Calcutta medical institutions reports 1871-78
Year: 1871
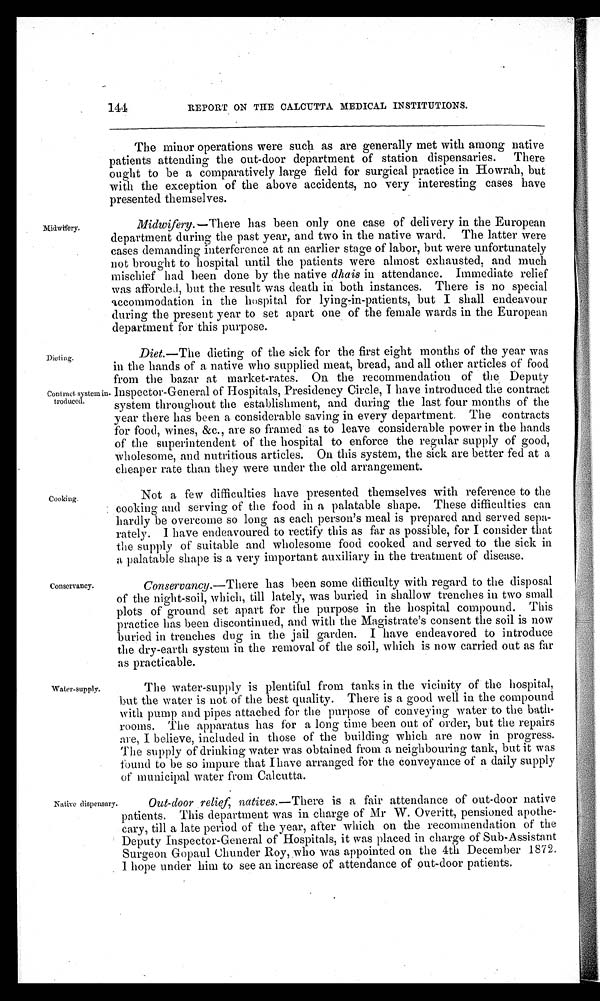
144
REPORT ON THE CALCUTTA MEDICAL INSTITUTIONS.
Midwifery.
The minor operations were such as are generally met with among native
patients attending the out-door department of station dispensaries. There
ought to be a comparatively large field for surgical practice in Howrah, but
with the exception of the above accidents, no very interesting cases have
presented themselves.
Midwifery .—There has been only one case of delivery in the European
department during the past year, and two in the native ward. The latter were
cases demanding interference at an earlier stage of labor, but were unfortunately
not brought to hospital until the patients were almost exhausted, and much
mischief had been done by the native dhais in attendance. Immediate relief
was afforded, but the result was death in both instances. There is no special
accommodation in the hospital for lying-in-patients, but I shall endeavour
during the present year to set apart one of the female wards in the European
department for this purpose.
Dieting.
Contract system in-
troduced.
Diet.—The dieting of the sick for the first eight months of the year was
in the hands of a native who supplied meat, bread, and all other articles of food
from the bazar at market-rates. On the recommendation of the Deputy
Inspector-General of Hospitals, Presidency Circle, I have introduced the contract
system throughout the establishment, and during the last four months of the
year there has been a considerable saving in every department, The contracts
for food, wines, &c., are so framed as to leave considerable power in the hands
of the superintendent of the hospital to enforce the regular supply of good,
wholesome, and nutritious articles. On this system, the sick are better fed at a
cheaper rate than they were under the old arrangement.
Cooking.
Conservancy.
Water-supply.
Not a few difficulties have presented themselves with reference to the
cooking and serving of the food in a palatable shape. These difficulties can
hardly be overcome so long as each person's meal is prepared and served sepa-
rately. I have endeavoured to rectify this as far as possible, for I consider that
the supply of suitable and wholesome food cooked and served to the sick in
a palatable shape is a very important auxiliary in the treatment of disease.
Conservancy .—There has been some difficulty with regard to the disposal
of the night-soil, which, till lately, was buried in shallow trenches in two small
plots of ground set apart for the purpose in the hospital compound. This
practice has been discontinued, and with the Magistrate's consent the soil is now
buried in trenches dug in the jail garden. I have endeavored to introduce
the dry-earth system in the removal of the soil, which is now carried out as far
as practicable.
The water-supply is plentiful from tanks in the vicinity of the hospital,
but the water is not of the best quality. There is a good well in the compound
with pump and pipes attached for the purpose of conveying water to the bath-
rooms. The apparatus has for a long time been out of order, but the repairs
are, I believe, included in those of the building which are now in progress.
The supply of drinking water was obtained from a neighbouring tank, but it was
found to be so impure that I have arranged for the conveyance of a daily supply
of municipal water from Calcutta.
Native dispensary.
Out-door relief, natives.—There is a fair attendance of out-door native
patients. This department was in charge of Mr W. Overitt, pensioned apothe-
cary, till a late period of the year, after which on the recommendation of the
Deputy Inspector-General of Hospitals, it was placed in charge of Sub-Assistant
Surgeon Gopaul Chunder Roy, who was appointed on the 4th December 1872.
I hope under him to see an increase of attendance of out-door patients.